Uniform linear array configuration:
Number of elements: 64
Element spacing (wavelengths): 1
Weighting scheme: kaiser
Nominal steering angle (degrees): -15
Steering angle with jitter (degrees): -13.129
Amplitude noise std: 0.05
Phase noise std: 0.05

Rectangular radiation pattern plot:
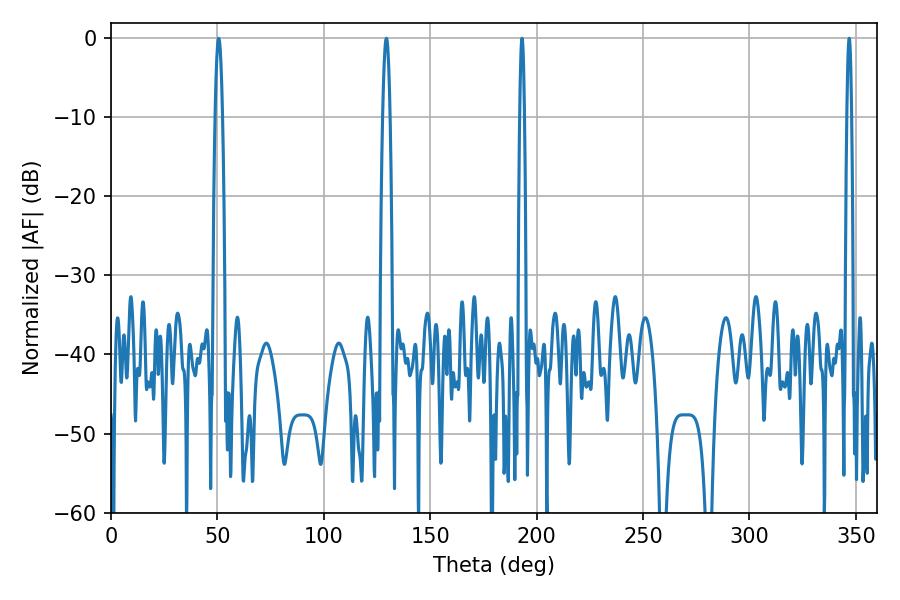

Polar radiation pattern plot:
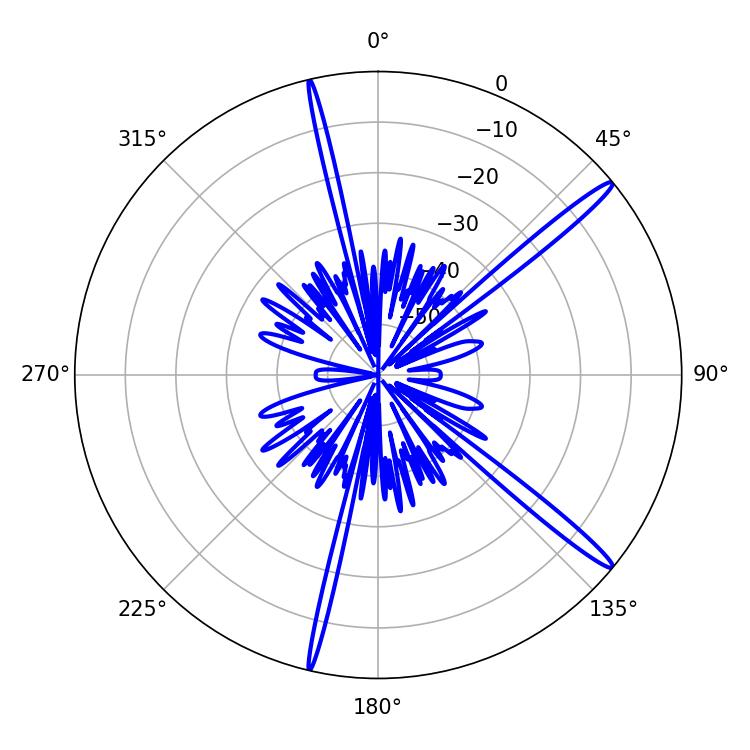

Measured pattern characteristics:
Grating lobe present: TRUE
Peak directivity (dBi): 16.398
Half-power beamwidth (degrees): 1.08
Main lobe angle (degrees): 346.86